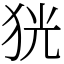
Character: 㹰